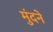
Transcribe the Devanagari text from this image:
मुंदने